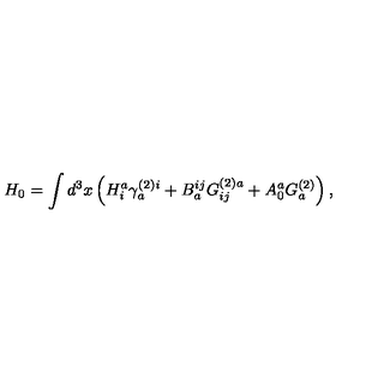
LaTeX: H _ { 0 } = \int d ^ { 3 } x \left( H _ { i } ^ { a } \gamma _ { a } ^ { ( 2 ) i } + B _ { a } ^ { i j } G _ { i j } ^ { ( 2 ) a } + A _ { 0 } ^ { a } G _ { a } ^ { ( 2 ) } \right) ,